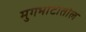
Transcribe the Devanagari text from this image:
मुगभाटातील